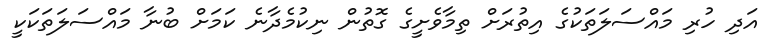
އަދި ހުރި މައްސަލަތަކުގެ އިތުރަށް ތިމާވެށީގެ ގޮތުން ނިކުމެދާނެ ކަމަށް ބުނާ މައްސަލަތަކަކީ